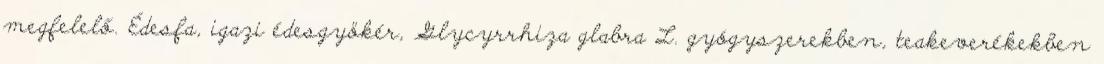
megfelelő. Édesfa, igazi édesgyökér, Glycyrrhiza glabra L. gyógyszerekben, teakeverékekben